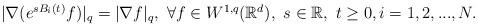
LaTeX: \begin{align*}\begin{aligned}|\nabla(e^{sB_i(t)}f)|_q= |\nabla f|_q,\ \forall f\in W^{1,q}(\mathbb{R}^d), \ s\in\mathbb{R},\ t\geq0, i=1,2,...,N.\end{aligned}\end{align*}